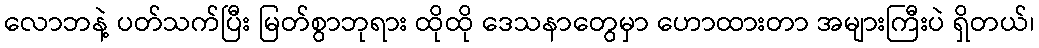
လောဘနဲ့ ပတ်သက်ပြီး မြတ်စွာဘုရား ထိုထို ဒေသနာတွေမှာ ဟောထားတာ အများကြီးပဲ ရှိတယ်၊